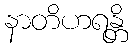
နာတိဟရန္တိ